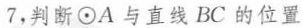
7，判断\odot A与直线BC的位置